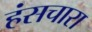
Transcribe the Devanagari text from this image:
हंसचारा